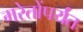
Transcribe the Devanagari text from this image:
मरेतोंपर्यंत